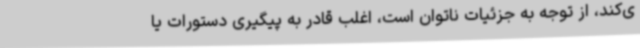
ی‌کند، از توجه به جزئیات ناتوان است، اغلب قادر به پیگیری دستورات یا